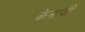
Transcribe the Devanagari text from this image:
केनावी